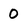
Character: 0